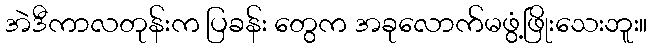
အဲဒီကာလတုန်းက ပြခန်း တွေက အခုလောက်မဖွံ့ဖြိုးသေးဘူး။